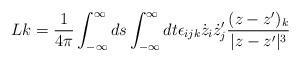
LaTeX: \begin{align*}Lk= \frac{1}{4\pi}\int^{\infty}_{-\infty}ds\int^{\infty}_{-\infty}dt\epsilon_{ijk}\dot{z}_i\dot{z}^{\prime}_j\frac{(z-z^{\prime})_k}{|z-z^{\prime}|^3}\end{align*}